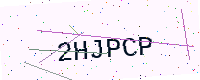
Text: 2HJPCP